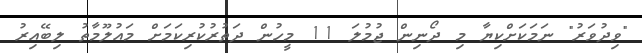
"ވިދުވަރު" ނަމަކަށްކިޔާ މި ދޯނިން ޖުމުލަ 11 މީހުން ދަތުރުކުރިކަމަށް މައުލޫމާތު ލިބޭއިރު